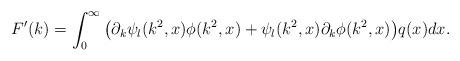
LaTeX: \begin{align*}F'(k) = \int_0^\infty \big(\partial_k\psi_l(k^2,x)\phi(k^2,x) + \psi_l(k^2,x)\partial_k\phi(k^2,x) \big)q(x)dx . \end{align*}